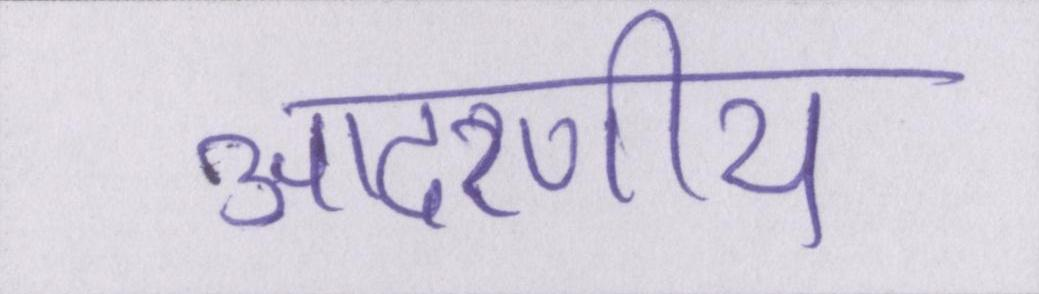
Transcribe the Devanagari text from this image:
आदरणीय